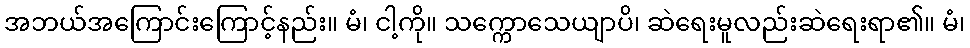
အဘယ်အကြောင်းကြောင့်နည်း။ မံ၊ ငါ့ကို။ သက္ကောသေယျာပိ၊ ဆဲရေးမူလည်းဆဲရေးရာ၏။ မံ၊